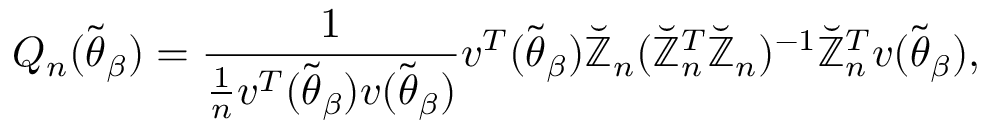
Q _ { n } ( \widetilde { \boldsymbol { \theta } } _ { \beta } ) = \frac { 1 } { \frac { 1 } { n } \boldsymbol { v } ^ { T } ( \widetilde { \boldsymbol { \theta } } _ { \beta } ) \boldsymbol { v } ( \widetilde { \boldsymbol { \theta } } _ { \beta } ) } \boldsymbol { v } ^ { T } ( \widetilde { \boldsymbol { \theta } } _ { \beta } ) \mathbb { \breve { Z } } _ { n } ( \mathbb { \breve { Z } } _ { n } ^ { T } \mathbb { \breve { Z } } _ { n } ) ^ { - 1 } \mathbb { \breve { Z } } _ { n } ^ { T } \boldsymbol { v } ( \widetilde { \boldsymbol { \theta } } _ { \beta } ) ,